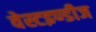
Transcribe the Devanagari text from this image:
वेस्टइण्डीज